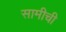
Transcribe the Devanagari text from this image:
सामीची